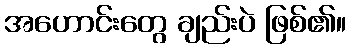
အဟောင်းတွေ ချည်းပဲ ဖြစ်၏။